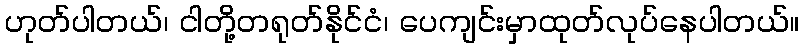
ဟုတ်ပါတယ်၊ ငါတို့တရုတ်နိုင်ငံ၊ ပေကျင်းမှာထုတ်လုပ်နေပါတယ်။